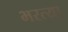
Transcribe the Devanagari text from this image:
भरत्या